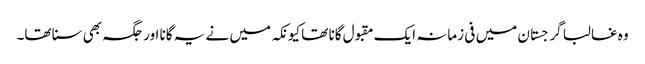
وہ غالبا گرجستان میں فی زمانہ ایک مقبول گانا تھا کیونکہ میں نے یہ گانا اور جگہ بھی سنا تھا۔